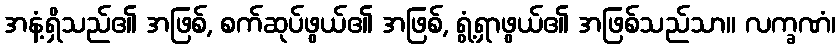
အနံ့ရှိသည်၏ အဖြစ်, စက်ဆုပ်ဖွယ်၏ အဖြစ်, ရွံ့ရှာဖွယ်၏ အဖြစ်သည်သာ။ လက္ခဏံ၊